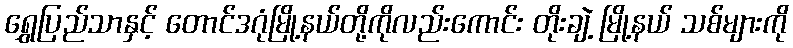
ရွှေပြည်သာနှင့် တောင်ဒဂုံမြို့နယ်တို့ကိုလည်းကောင်း တိုးချဲ့ မြို့နယ် သစ်များကို